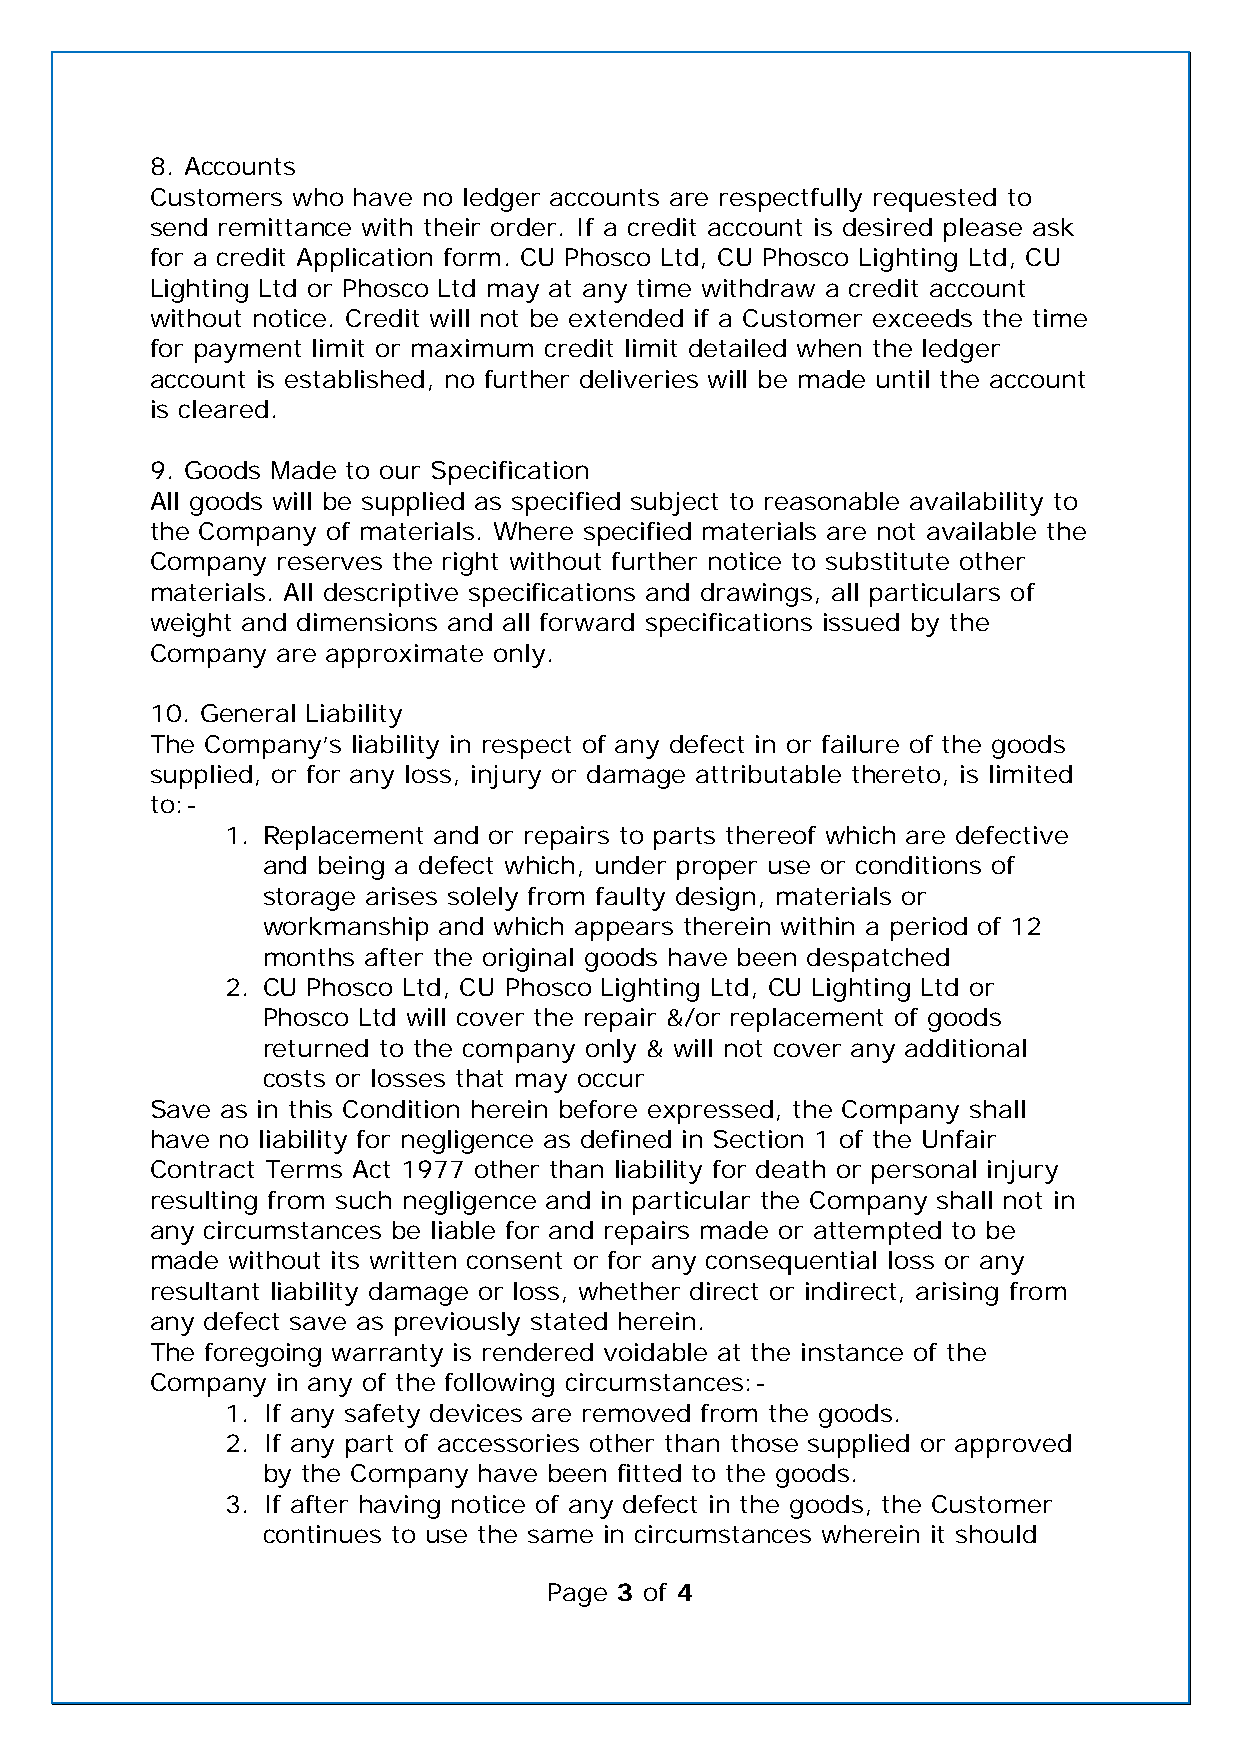
8. Accounts
 Customers who have no ledger accounts are respectfully requested to
 send remittance with their order. If a credit account is desired please ask
 for a credit Application form. CU Phosco Ltd, CU Phosco Lighting Ltd, CU
 Lighting Ltd or Phosco Ltd may at any time withdraw a credit account
 without notice. Credit will not be extended if a Customer exceeds the time
 for payment limit or maximum credit limit detailed when the ledger
 account is established, no further deliveries will be made until the account
 is cleared.
 9. Goods Made to our Specification
 All goods will be supplied as specified subject to reasonable availability to
 the Company of materials. Where specified materials are not available the
 Company reserves the right without further notice to substitute other
 materials. All descriptive specifications and drawings, all particulars of
 weight and dimensions and all forward specifications issued by the
 Company are approximate only.
 10. General Liability
 The Company’s liability in respect of any defect in or failure of the goods
 supplied, or for any loss, injury or damage attributable thereto, is limited
 to:-
 1. Replacement and or repairs to parts thereof which are defective
 and being a defect which, under proper use or conditions of
 storage arises solely from faulty design, materials or
 workmanship and which appears therein within a period of 12
 months after the original goods have been despatched
 2. CU Phosco Ltd, CU Phosco Lighting Ltd, CU Lighting Ltd or
 Phosco Ltd will cover the repair &/or replacement of goods
 returned to the company only & will not cover any additional
 costs or losses that may occur
 Save as in this Condition herein before expressed, the Company shall
 have no liability for negligence as defined in Section 1 of the Unfair
 Contract Terms Act 1977 other than liability for death or personal injury
 resulting from such negligence and in particular the Company shall not in
 any circumstances be liable for and repairs made or attempted to be
 made without its written consent or for any consequential loss or any
 resultant liability damage or loss, whether direct or indirect, arising from
 any defect save as previously stated herein.
 The foregoing warranty is rendered voidable at the instance of the
 Company in any of the following circumstances:-
 1. If any safety devices are removed from the goods.
 2. If any part of accessories other than those supplied or approved
 by the Company have been fitted to the goods.
 3. If after having notice of any defect in the goods, the Customer
 continues to use the same in circumstances wherein it should
 Page 3 of 4